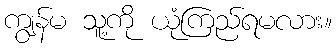
ကျွန်မ သူ့ကို ယုံကြည်ရမလား။